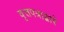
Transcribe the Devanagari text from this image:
वृत्तपत्राद्वारे